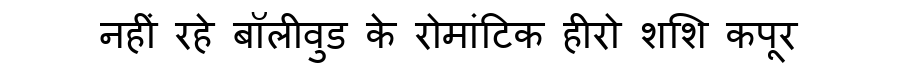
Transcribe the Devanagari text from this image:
नहीं रहे बॉलीवुड के रोमांटिक हीरो शशि कपूर